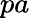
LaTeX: pa